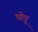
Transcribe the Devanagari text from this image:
घोवू